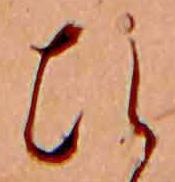
ひ